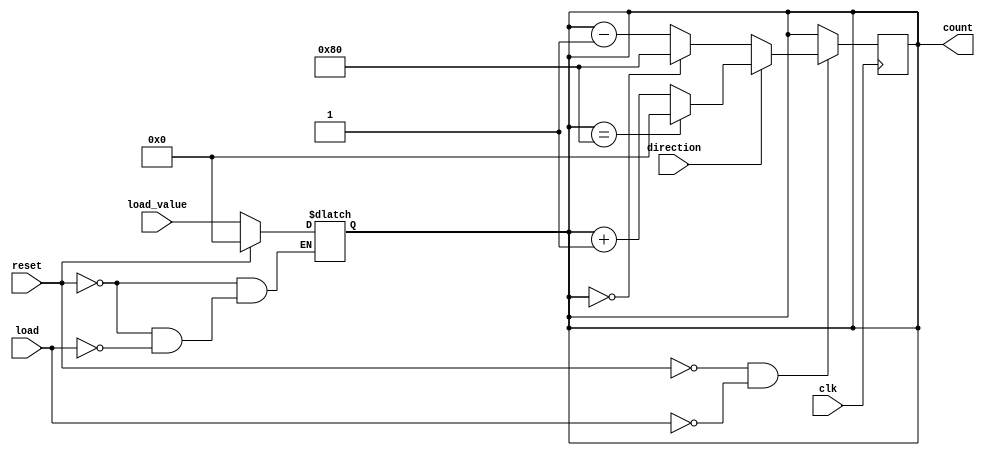
module async_load_counter #(
    parameter WIDTH = 8  // Define the width of the counter
) (
    input wire clk,               // Clock signal
    input wire load,              // Asynchronous load signal
    input wire reset,             // Asynchronous reset signal
    input wire direction,         // Counting direction (1 for up, 0 for down)
    input wire [WIDTH-1:0] load_value, // Value to load
    output reg [WIDTH-1:0] count  // Current count value
);

    // Asynchronous reset and load logic
    always @* begin
        if (reset) begin
            count = 0; // Reset the counter to zero
        end else if (load) begin
            count = load_value; // Load the specified value
        end
    end

    // Synchronous counting logic
    always @(posedge clk) begin
        if (!reset && !load) begin // Only count when neither reset nor load is active
            if (direction) begin
                if (count == {1'b1, {WIDTH-1{1'b0}}}) begin
                    count <= 0; // Wrap around on overflow
                end else begin
                    count <= count + 1; // Increment count
                end
            end else begin
                if (count == 0) begin
                    count <= {1'b1, {WIDTH-1{1'b0}}}; // Wrap around on underflow
                end else begin
                    count <= count - 1; // Decrement count
                end
            end
        end
    end

endmodule